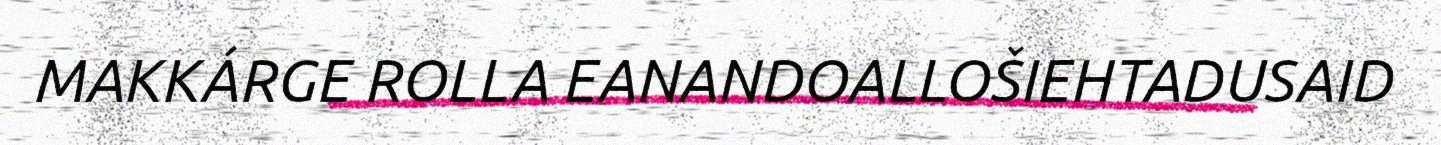
MAKKÁRGE ROLLA EANANDOALLOŠIEHTADUSAID